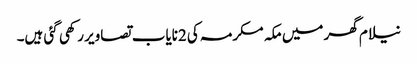
نیلام گھر میں مکہ مکرمہ کی 2نایاب تصاویر رکھی گئی ہیں۔